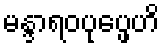
မန္ဒာရဝပုပ္ဖေဟိ